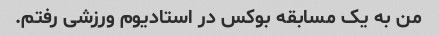
من به یک مسابقه بوکس در استادیوم ورزشی رفتم.